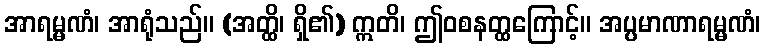
အာရမ္မဏံ၊ အာရုံသည်။ (အတ္ထိ၊ ရှိ၏) ဣတိ၊ ဤဝစနတ္ထကြောင့်။ အပ္ပမာဏာရမ္မဏံ၊